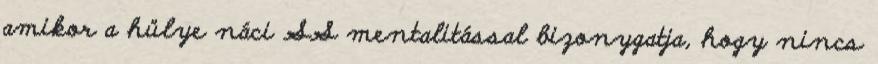
amikor a hülye náci SS mentalitással bizonygatja, hogy nincs